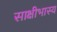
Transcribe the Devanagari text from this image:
साक्षीभास्य